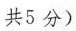
共5 分)